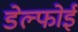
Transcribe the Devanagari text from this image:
डेल्फोई